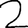
Digit: 2